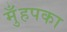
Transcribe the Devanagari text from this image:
मुँहपका